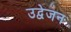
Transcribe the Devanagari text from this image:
उद्वेजन